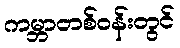
ကမ္ဘာတစ်ဝန်းတွင်